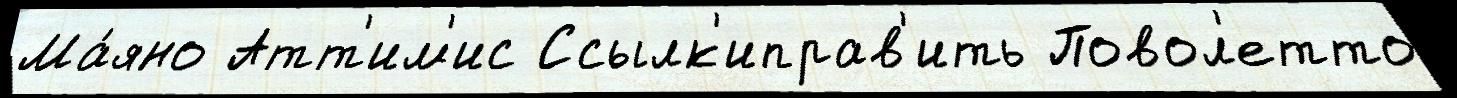
Ма́яно Атт'им'ис Ссылк'иправ'ить Повол'етто